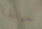
حيالها